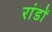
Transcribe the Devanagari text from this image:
रांडों